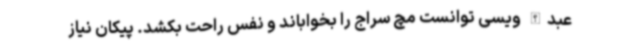
عبدالله ویسی توانست مچ سراج را بخواباند و نفس راحت بکشد. پیکان نیاز